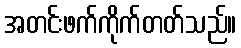
အတင်းဖက်ကိုက်တတ်သည်။